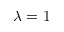
\lambda = 1